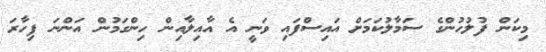
މިކަން ފުލުހުންގެ ސަމާލުކަމަށް އައިސްފައި ވަނީ އެ އާއިލާއިން ހިންގަމުން އަންނަ ފިހާރަ